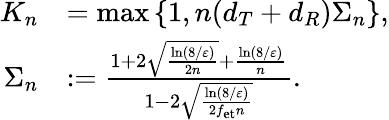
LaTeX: \begin{array}{rl}{K_{n}}&{=\operatorname*{max}\left\{ 1,n(d_{T}+d_{R})\Sigma_{n}\right\} ,}\\ {\Sigma_{n}}&{:=\frac{1+2\sqrt{\frac{\ln(8/\varepsilon)}{2n}}+\frac{\ln(8/\varepsilon)}{n}}{1-2\sqrt{\frac{\ln(8/\varepsilon)}{2f_{\mathrm{et}}n}}}.}\end{array}